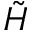
\tilde { H }